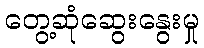
တွေ့ဆုံဆွေးနွေးမှု